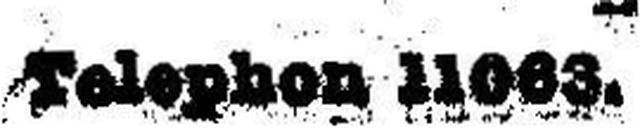
Telephon 11063.